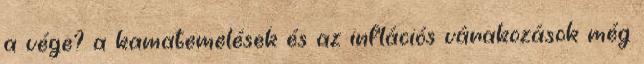
a vége? a kamatemelések és az inflációs várakozások még